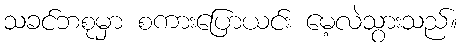
သခင်ဘစုမှာ စကားပြောယင်း မေ့လဲသွားသည်။